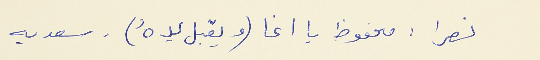
نصرا : محفوظ يا اغا (ويقبل يدهُ). سعديه